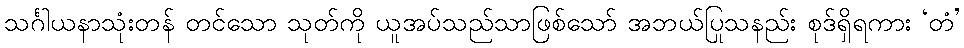
သင်္ဂါယနာသုံးတန် တင်သော သုတ်ကို ယူအပ်သည်သာဖြစ်သော် အဘယ်ပြုသနည်း စုဒ်ရှိရကား ‘တံ’